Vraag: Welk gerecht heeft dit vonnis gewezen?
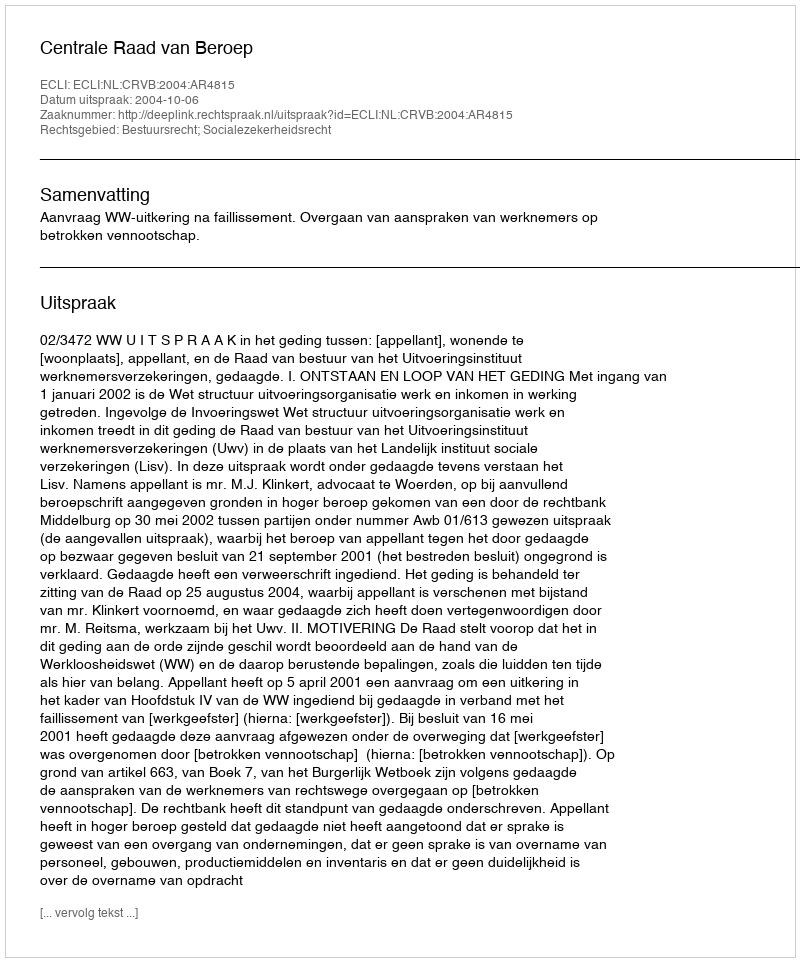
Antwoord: Centrale Raad van Beroep